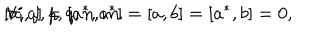
[ a , a ] = [ a ^ { * } , a ^ { * } ] = [ a , b ] = [ a ^ { * } , b ] = 0 , \hspace { 5 m m } \forall i , j , p , q , n , m .